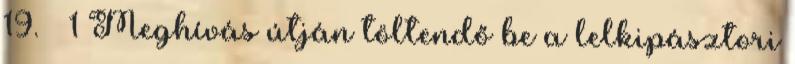
19. § 1 Meghívás útján töltendő be a lelkipásztori